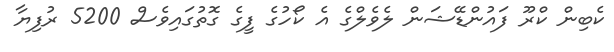
ކެބިން ކްރޫ ފައުންޑޭޝަން ލެވެލްގެ އެ ކޯހުގެ ފީގެ ގޮތުގައިވެސް 5200 ރުފިޔާ